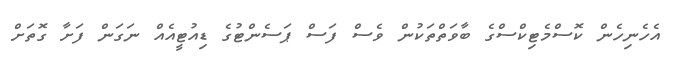
އެހެނިހެން ކޮސްމެޓިކްސްގެ ބާވަތްތަކުން ވެސް ފަސް ޕަސެންޓުގެ ޑިއުޓީއެއް ނަގަން ފަށާ ގޮތަށް